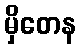
မှိတေန